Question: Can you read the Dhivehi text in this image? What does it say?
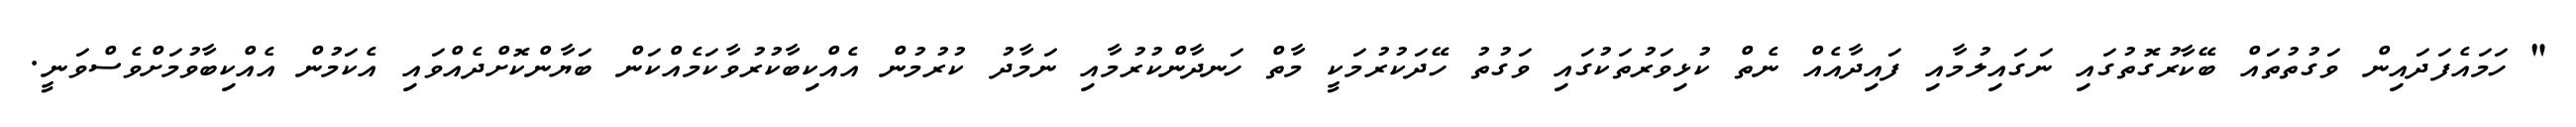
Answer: " ހަމައެފަދައިން ވަގުތުތައް ބޭކާރުގޮތުގައި ނަގައިލުމާއި ފައިދާއެއް ނެތް ކުޅިވަރުތަކުގައި ވަގުތު ހޭދަކުރުމަކީ މާތް ހަނދާންކުރުމާއި ނަމާދު ކުރުމުން އެއްކިބާކުރުވާކަމެއްކަން ބަޔާންކޮށްދެއްވައި އެކަމުން އެއްކިބާވުމަށްވެސްވަނީ.